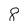
Character: 8